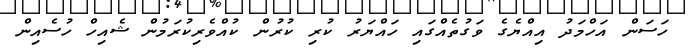
ހަސަން އަހްމަދު އިއްޔެގެ ވަގުތެއްގައި ހައްޔަރު ކުރި ކުރުން ކުއްވެރިކުރަމުން ޝެއިހް ހުސެއިން